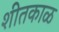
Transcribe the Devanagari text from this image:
शीतकाळ